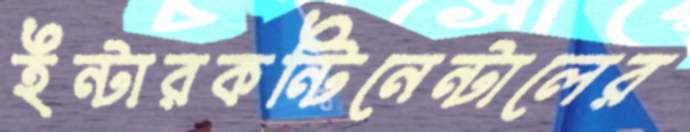
ইন্টারকন্টিনেন্টালের